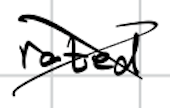
Text: rated
Cross-out: cross
Writing tool: digital_black